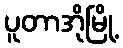
ပူတာအိုမြို့